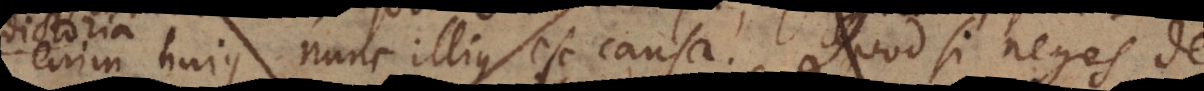
enim hujus nunc illius est causa. Quod si neges de